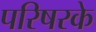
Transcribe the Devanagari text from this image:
परिषरके